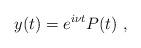
LaTeX: \begin{align*}y(t) = e^{i\nu t} P(t) \ ,\end{align*}